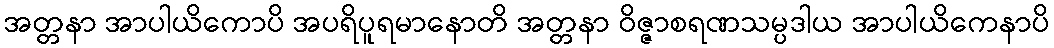
အတ္တနာ အာပါယိကောပိ အပရိပူရမာနောတိ အတ္တနာ ဝိဇ္ဇာစရဏသမ္ပဒါယ အာပါယိကေနာပိ